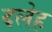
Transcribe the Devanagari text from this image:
दलेह